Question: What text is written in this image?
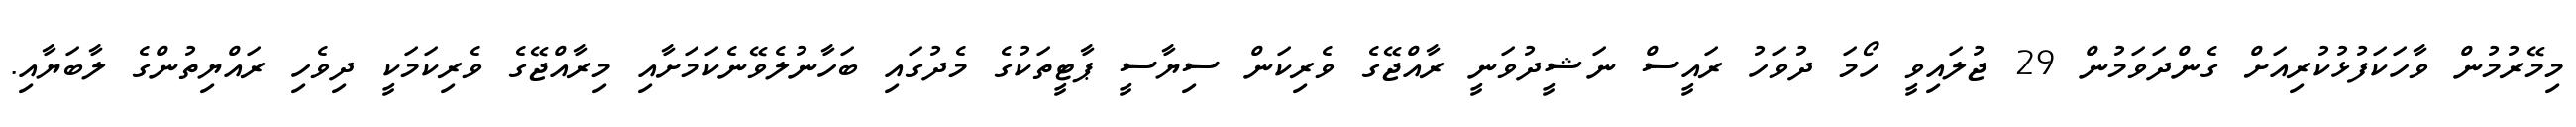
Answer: މިމޭރުމުން ވާހަކަފުޅުކުރިއަށް ގެންދަވަމުން 29 ޖުލައިވީ ހޯމަ ދުވަހު ރައީސް ނަޝީދުވަނީ ރާއްޖޭގެ ވެރިކަން ސިޔާސީ ޕާޓީތަކުގެ މެދުގައި ބަހާނުލެވޭނެކަމަށާއި މިރާއްޖޭގެ ވެރިކަމަކީ ދިވެހި ރައްޔިތުންގެ ލާބަޔާއި.